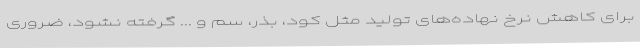
برای کاهش نرخ نهاده‌های تولید مثل کود، بذر، سم و ... گرفته نشود، ضروری